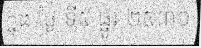
ក្នុង ថ្ងៃ ទី៥ ធ្នូរ ២៥៣០